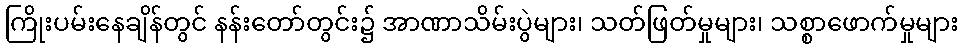
ကြိုးပမ်းနေချိန်တွင် နန်းတော်တွင်း၌ အာဏာသိမ်းပွဲများ၊ သတ်ဖြတ်မှုများ၊ သစ္စာဖောက်မှုများ